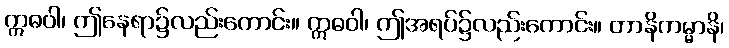
ဣဓဝါ၊ ဤနေရာ၌လည်းကောင်း။ ဣဓဝါ၊ ဤအရပ်၌လည်းကောင်း။ တာနိကမ္မာနိ၊